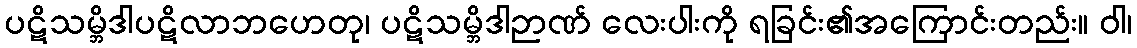
ပဋိသမ္ဘိဒါပဋိလာဘဟေတု၊ ပဋိသမ္ဘိဒါဉာဏ် လေးပါးကို ရခြင်း၏အကြောင်းတည်း။ ဝါ၊